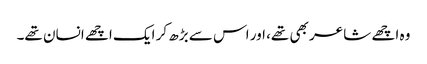
وہ اچھے شاعر بھی تھے، اور اس سے بڑھ کر ایک اچھے انسان تھے۔